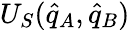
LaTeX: U_{S}(\hat{q}_{A},\hat{q}_{B})